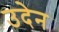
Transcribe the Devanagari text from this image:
उदेन